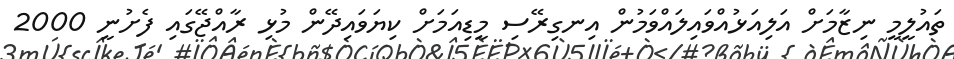
ތައުލީމީ ނިޒާމަށް އަލިއަޅުއްވައިލައްވަމުން އިނގިރޭސި މީޑިއަމަށް ކިޔަވައިދޭން މުޅި ރާއްޖޭގައި ފެށުނީ 2000